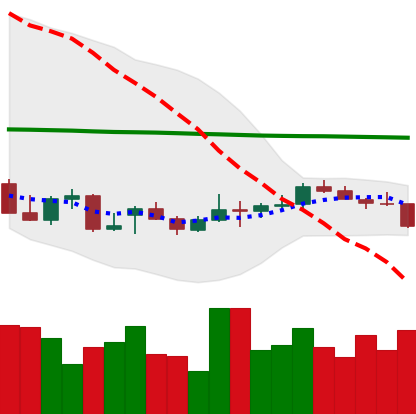
Ticker: LTC-USD
Chart end date: 2021-12-28
Forward return: 3.68%
Label: up_3_5